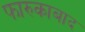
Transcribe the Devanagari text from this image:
फारुकाबाद